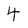
Character: 4